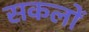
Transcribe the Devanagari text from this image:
सकलों